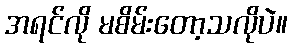
အရင်လို မစိမ်းတော့သလိုပဲ။